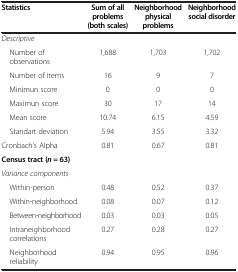
| Statistics | Sum of all problems (both scales) | Neighborhood physical problems | Neighborhood social disorder |
 | --- | --- | --- | --- |
 | Descriptive |  |  |  |
 | Number of observations | 1,688 | 1,703 | 1,702 |
 | Number of items | 16 | 9 | 7 |
 | Minimun score | 0 | 0 | 0 |
 | Maximun score | 30 | 17 | 14 |
 | Mean score | 10.74 | 6.15 | 4.59 |
 | Standart deviation | 5.94 | 3.55 | 3.32 |
 | Cronbach’s Alpha | 0.81 | 0.67 | 0.81 |
 | Census tract (n = 63) |  |  |  |
 | Variance components |  |  |  |
 | Within-person | 0.48 | 0.52 | 0.37 |
 | Within-neighborhood | 0.08 | 0.07 | 0.12 |
 | Between-neighborhood | 0.03 | 0.03 | 0.05 |
 | Intraneighborhood correlations | 0.27 | 0.28 | 0.27 |
 | Neighborhood reliability | 0.94 | 0.95 | 0.96 |